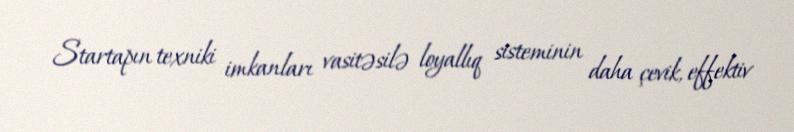
Startapın texniki imkanları vasitəsilə loyallıq sisteminin daha çevik, effektiv